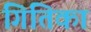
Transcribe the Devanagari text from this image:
गितिका